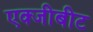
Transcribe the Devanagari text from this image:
एक्जीबीट